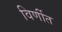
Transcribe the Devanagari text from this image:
विर्णीत